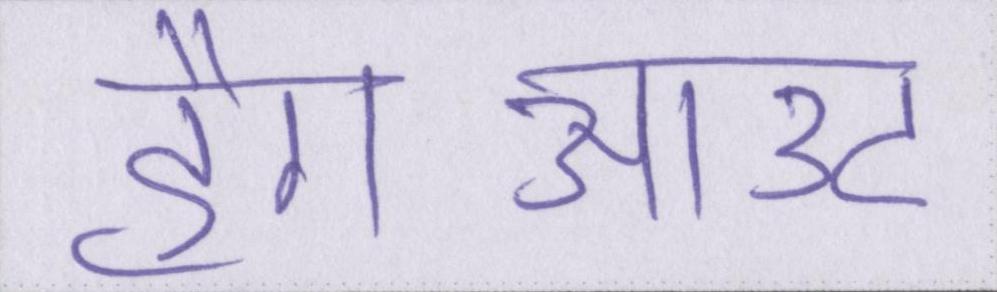
हैंगआउट